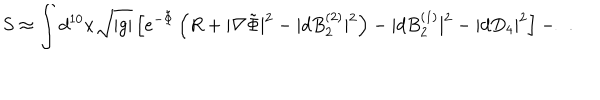
S \approx \int d ^ { 1 0 } x \sqrt { | g | } \left[ e ^ { - \tilde { \Phi } } \left( R + | \nabla \tilde { \Phi } | ^ { 2 } - | d B _ { 2 } ^ { ( 2 ) } | ^ { 2 } \right) - | d B _ { 2 } ^ { ( 1 ) } | ^ { 2 } - | d D _ { 4 } | ^ { 2 } \right] - \ldots